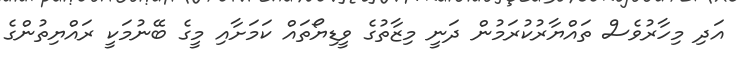
އަދި މިހާރުވެސް ތައްޔާރުކުރަމުން ދަނީ މިޒާތުގެ ވީޑިޔޯތައް ކަމަށާއި މީގެ ބޭނުމަކީ ރައްޔިތުންގެ